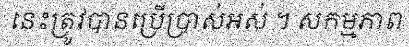
នេះត្រូវបានប្រើប្រាស់អស់ ។ សកម្មភាព